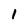
Character: 1